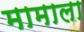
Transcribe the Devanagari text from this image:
मामाला